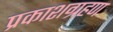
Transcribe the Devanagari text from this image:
प्रकाशग्रहण